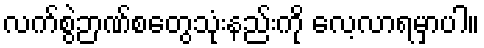
လက်စွဲဉာဏ်စတွေသုံးနည်းကို လေ့လာရမှာပါ။